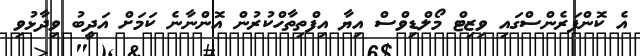
އެ ކޮންފަރެންސްގައި ވިޒިޓް މޯލްޑިވްސް އިޔާ އިފްތިތާހްކުރުން އޮންނާނެ ކަމަށް އަދީބު ވިދާޅުވި